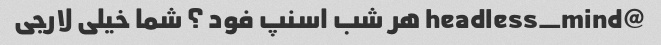
@headless_mind هر شب اسنپ فود ؟ شما خیلی لارجی